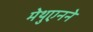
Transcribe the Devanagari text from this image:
मेथुएनने